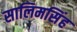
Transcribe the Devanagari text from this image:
सालिमसिंह